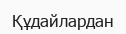
Құдайлардан